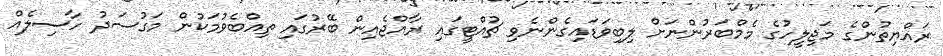
ރައްޔިތުންގެ މަޖިލީހުގެ މެމްބަރުންނަށް ލިބިވަޑައިގެންނެވި ޗުއްޓީގައި ރާއްޖެއިން ބޭރުގައި ތިއްބެވުމަކުން މަގުސަދު ހާސިލެއް